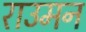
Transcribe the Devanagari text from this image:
राउमन